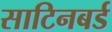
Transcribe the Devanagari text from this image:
साटिनबर्ड